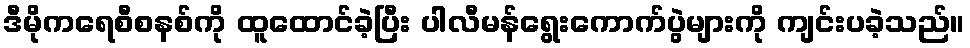
ဒီမိုကရေစီစနစ်ကို ထူထောင်ခဲ့ပြီး ပါလီမန်ရွေးကောက်ပွဲများကို ကျင်းပခဲ့သည်။